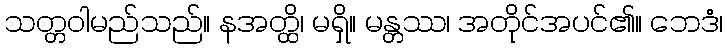
သတ္တဝါမည်သည်။ နအတ္ထိ၊ မရှိ။ မန္တဿ၊ အတိုင်အပင်၏။ ဘေဒံ၊